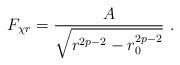
LaTeX: \begin{align*}F_{\chi r}= \frac{A}{\sqrt{r^{2p-2} - r_0^{2p-2}}} \ .\end{align*}